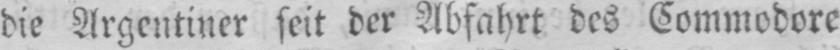
die Argentiner seit der Abfahrt des Commodore